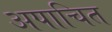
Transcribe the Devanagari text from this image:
अपाचित